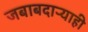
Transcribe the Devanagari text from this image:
जबाबदाऱ्याही